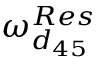
\omega _ { d _ { 4 5 } } ^ { R e s }